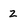
Character: z